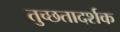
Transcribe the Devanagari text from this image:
तुच्छतादर्शक